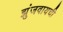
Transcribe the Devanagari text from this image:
झुंजवायची